Annual administration report of the Civil Veterinary Department of India - 1897-1898
Year: 1897
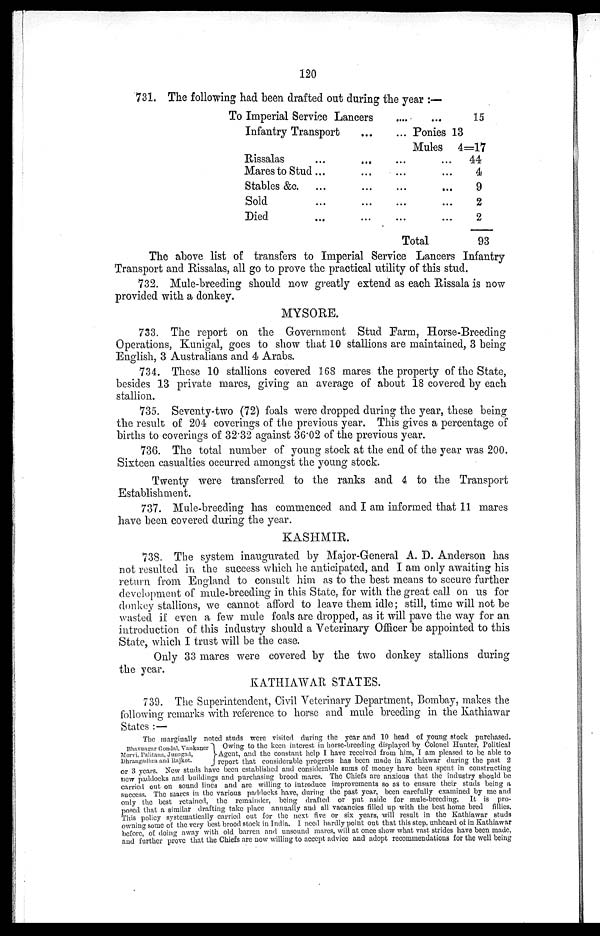
120
731. The following had been drafted out during the year :—
To Imperial Service
Lancers....
Infantry Transport......
Rissalas...
...
...
Mares to Stud
...
...
...
Stables
&c....
...
...
Sold
...
...
...
Died
...
...
...
...
Ponies
Mules
...
...
...
...
...
Total
15
13
4=17
44
4
9
2
2
93
The above list of transfers to Imperial Service Lancers Infantry
Transport and Rissalas, all go to prove the practical utility of this stud.
732. Mule-breeding should now greatly extend as each Rissala is now
provided with a donkey.
MYSORE.
733. The report on the Government Stud Farm, Horse-Breeding
Operations, Kunigal, goes to show that 10 stallions are maintained, 3 being
English, 3 Australians and 4 Arabs.
734. These 10 stallions covered 168 mares the property of the State,
besides 13 private mares, giving an average of about 18 covered by each
stallion.
735. Seventy-two (72) foals were dropped during the year, these being
the result of 204 coverings of the previous year. This gives a percentage of
births to coverings of 32.32 against 36.02 of the previous year.
736. The total number of young stock at the end of the year was 200.
Sixteen casualties occurred amongst the young stock.
Twenty were transferred to the ranks and 4 to the Transport
Establishment.
737. Mule-breeding has commenced and I am informed that 11 mares
have been covered during the year.
KASHMIR.
738. The system inaugurated by Major-General A. D. Anderson has
not resulted in the success which he anticipated, and I am only awaiting his
return from England to consult him as to the best means to secure further
development of mule-breeding in this State, for with the great call on us for
donkey stallions, we cannot afford to leave them idle; still, time will not be
wasted if even a few mule foals are dropped, as it will pave the way for an
introduction of this industry should a Veterinary Officer be appointed to this
State, which I trust will be the case.
Only 33 mares were covered by the two donkey stallions during
the year.
KATHIAWAR STATES.
739. The Superintendent, Civil Veterinary Department, Bombay, makes the
following remarks with reference to horse and mule breeding in the Kathiawar
States :—
Bhavnagar Gondal, Vankaner
Morvi, Palitana, Junagad,
Dhrangadhra and Rajkot.
The marginally noted studs were visited during the year and 10 head of young stock purchased.
Owing to the keen interest in horse-breeding displayed by Colonel Hunter, Political
Agent, and the constant help I have received from him, I am pleased to be able to
J report that considerable progress has been made in Kathiawar during the past 2
or 3 years. New studs have been established and considerable sums of money have been spent in constructing
new paddocks and buildings and purchasing brood mares. The Chiefs are anxious that the industry should be
carried out on sound lines and are willing to introduce improvements so as to ensure their studs being a
success. The marcs in the various paddocks have, during the past year, been carefully examined by me and
only the best retained, the remainder, being drafted or put aside for mule-breeding. It is pro-
posed that a similar drafting take place annually and all vacancies filled up with the best home bred fillies.
This policy systematically carried out for the next five or six years, will result in the Kathiawar studs
owning some of the very best brood stock in India. I need hardly point out that this step, unheard of in Kathiawar
before, of doing away with old barren and unsound mares, will at once show what vast strides have been made,
and further prove that the Chiefs are now willing to accept advice and adopt recommendations for the well being